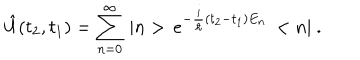
\hat { U } ( t _ { 2 } , t _ { 1 } ) = \sum _ { n = 0 } ^ { \infty } \, | n > \, e ^ { - \frac { i } { \hbar } ( t _ { 2 } - t _ { 1 } ) E _ { n } } \, < n | \ .